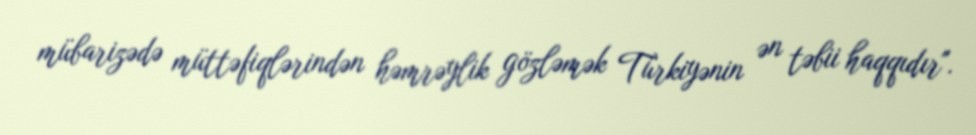
mübarizədə müttəfiqlərindən həmrəylik gözləmək Türkiyənin ən təbii haqqıdır".